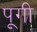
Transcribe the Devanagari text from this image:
पूगी